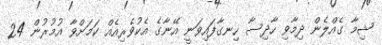
ޝިމާ ގެއްލެން ދިމާވި ހާދިސާ ހިނގާފައިވަނީ އޭނާގެ އެކުވެރިއެެއް ކަމަށްވާ އުމުރުން 24